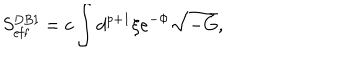
S _ { \mathrm { e f f } } ^ { \mathrm { D B I } } = c \int d ^ { p + 1 } \xi e ^ { - \Phi } \sqrt { - \tilde { G } } ,